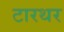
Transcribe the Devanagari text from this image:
टारथर